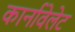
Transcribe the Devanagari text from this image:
कार्नावेलेट